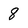
Character: 8